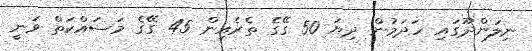
ނިލަންދޫގައި ހަދަމުން ދިޔަ 50 ގޭގެ ތެރެއިން 45 ގޭގެ މަސައްކަތް ވަނީ